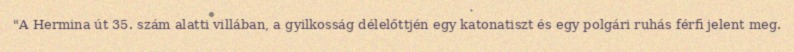
"A Hermina út 35. szám alatti villában, a gyilkosság délelőttjén egy katonatiszt és egy polgári ruhás férfi jelent meg.